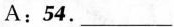
A:54. ___